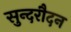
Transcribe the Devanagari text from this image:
सुन्दरौदन